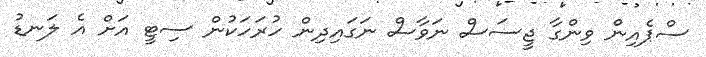
ސްޕެއިން ވިންގާ ޖީސަސް ނަވާސް ނަގައިދިން ހުރަހަކުން ސިޓީ އަށް އެ ލަނޑު